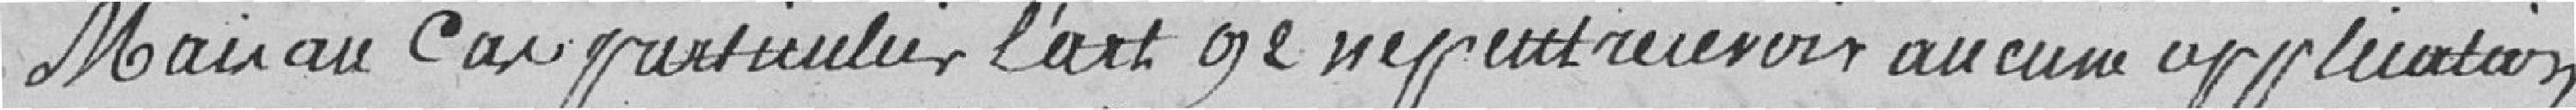
Mais au cas particulier l'art. 92 ne peut recevoir aucune application